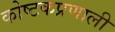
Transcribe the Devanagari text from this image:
कोष्टकप्रणाली